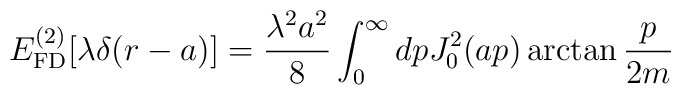
E_{\rm FD}^{(2)}[\lambda\delta(r-a)] = \frac{\lambda^2a^2}{8}\int_0^\infty dp J_0^2(a p) \arctan\frac{p}{2m}